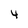
Character: 4